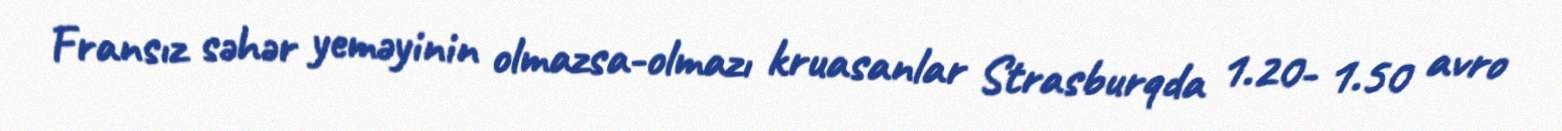
Fransız səhər yeməyinin olmazsa-olmazı kruasanlar Strasburqda 1.20- 1.50 avro